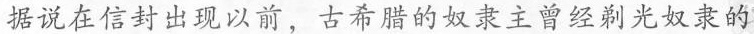
据说在信封出现以前，古希腊奴隶主曾经剃光奴隶的